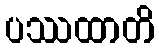
ပဿထာတိ